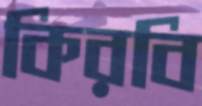
কিরবি